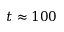
t \approx 1 0 0